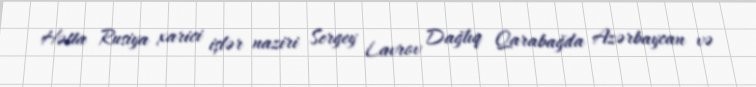
Hətta Rusiya xarici işlər naziri Sergey Lavrov Dağlıq Qarabağda Azərbaycan və